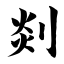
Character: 剡